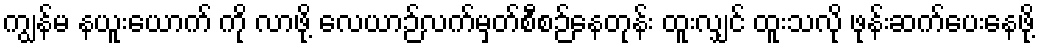
ကျွန်မ နယူးယောက် ကို လာဖို့ လေယာဉ်လက်မှတ်စီစဉ်နေတုန်း ထူးလျှင် ထူးသလို ဖုန်းဆက်ပေးနေဖို့